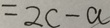
= 2 c - a